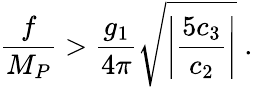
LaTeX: \frac{f}{M_{P}}>\frac{g_{1}}{4\pi}\sqrt{\left|\frac{5c_{3}}{c_{2}}\right|}\; .